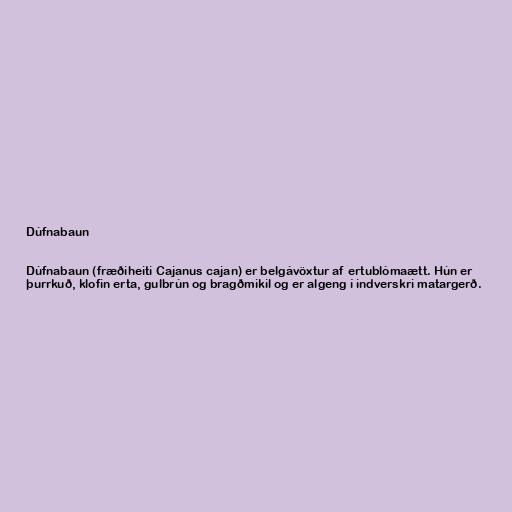
Dúfnabaun

Dúfnabaun (fræðiheiti Cajanus cajan) er belgávöxtur af ertublómaætt. Hún er
þurrkuð, klofin erta, gulbrún og bragðmikil og er algeng í indverskri matargerð.